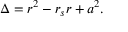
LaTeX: \Delta = r ^ { 2 } - r _ { s } r + a ^ { 2 } .